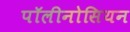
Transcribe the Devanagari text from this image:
पॉलीनोसियन